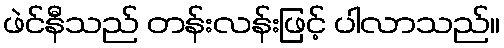
ဖဲင်နီသည် တန်းလန်းဖြင့် ပါလာသည်။